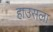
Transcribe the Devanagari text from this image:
हाउसला